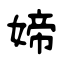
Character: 媂